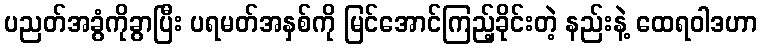
ပညတ်အခွံကိုခွာပြီး ပရမတ်အနှစ်ကို မြင်အောင်ကြည့်ခိုင်းတဲ့ နည်းနဲ့ ထေရဝါဒဟာ